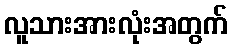
လူသားအားလုံးအတွက်